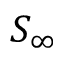
S _ { \infty }